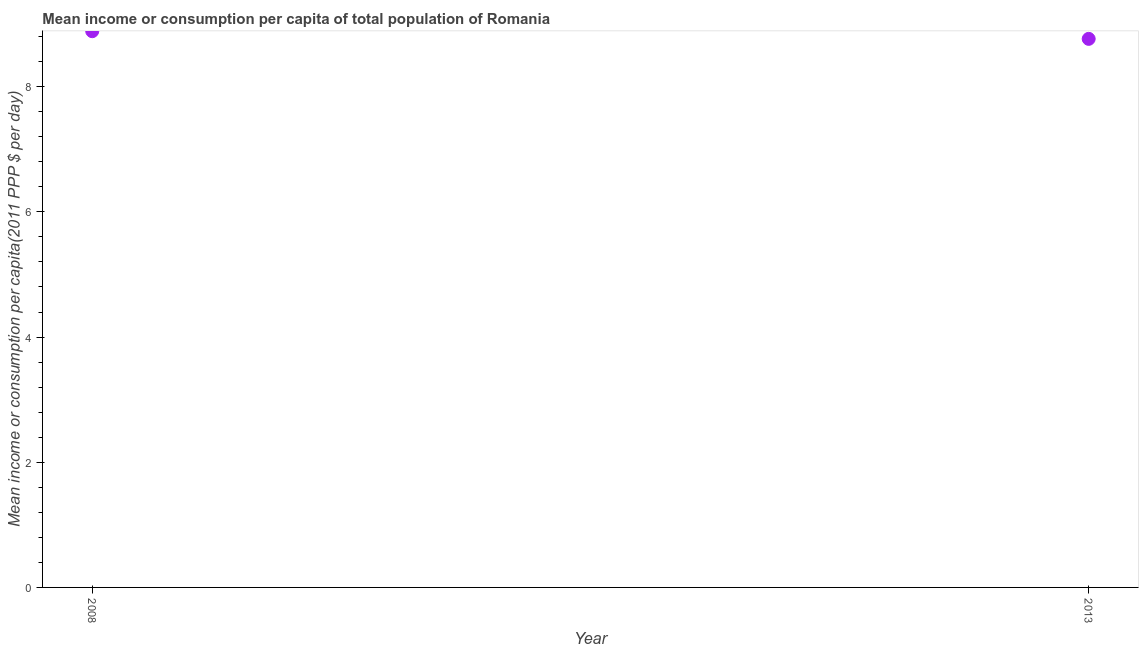
| Year | Total population |
 | --- | --- |
 | 2008 | 8.89 |
 | 2013 | 8.76 |